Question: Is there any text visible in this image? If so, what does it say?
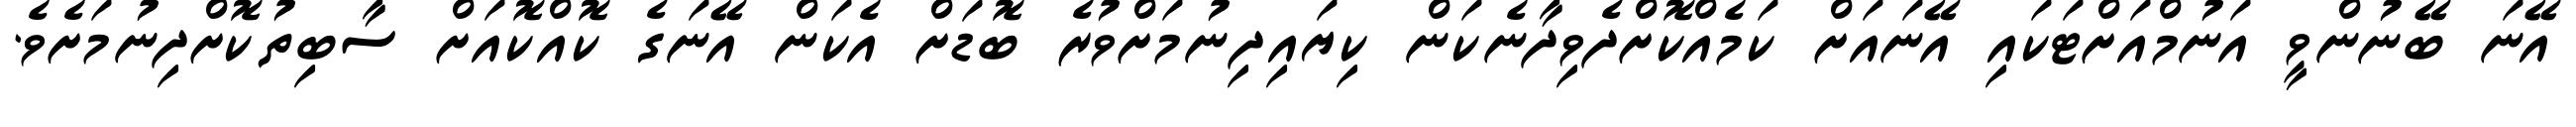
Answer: އޭނަ ބޭނުންވީ އަނުމްއަށްޓަކައި އޭނައަށް ކަމެއްކޮށްދެވިދާނެކަން ކިޔައިދިނުމަށްވުރެ ބޮޑަށް އެކަން އޭނަގެ ކޮއްކޮއަށް ސާބިތުކޮށްދިނުމަށެވެ.